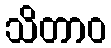
သိတာဝ